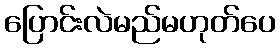
ပြောင်းလဲမည်မဟုတ်ပေ